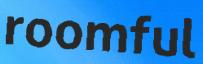
roomful